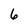
Character: 6